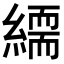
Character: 𦅏